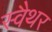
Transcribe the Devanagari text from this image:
स्वैथर